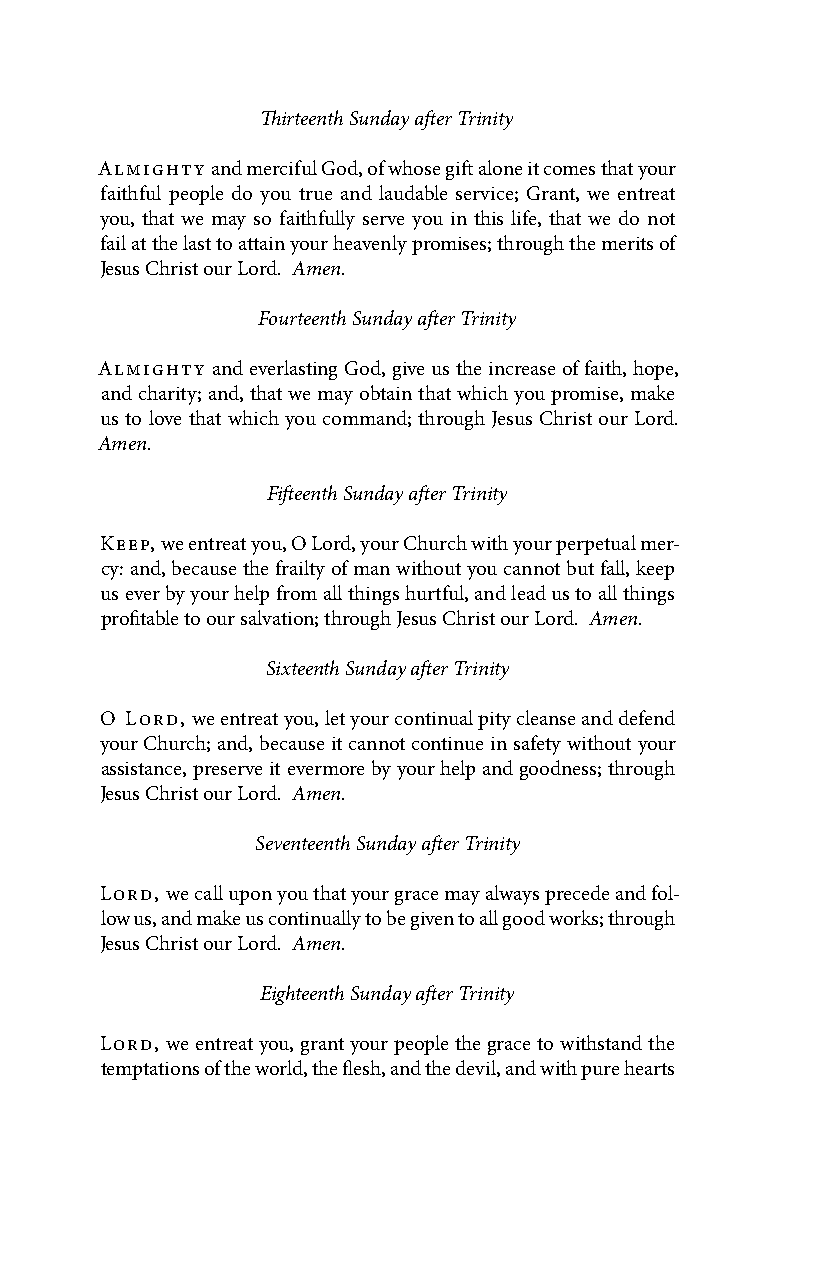
Thirteenth Sunday after Trinity
 Almighty and merciful God, of whose gift alone it comes that your
 faithful people do you true and laudable service; Grant, we entreat
 you, that we may so faithfully serve you in this life, that we do not
 fail at the last to attain your heavenly promises; through the merits of
 Jesus Christ our Lord. Amen.
 Fourteenth Sunday after Trinity
 Almighty and everlasting God, give us the increase of faith, hope,
 and charity; and, that we may obtain that which you promise, make
 us to love that which you command; through Jesus Christ our Lord.
 Amen.
 Fifteenth Sunday after Trinity
 Keep, we entreat you, O Lord, your Church with your perpetual mer-
 cy: and, because the frailty of man without you cannot but fall, keep
 us ever by your help from all things hurtful, and lead us to all things
 profitable to our salvation; through Jesus Christ our Lord. Amen.
 Sixteenth Sunday after Trinity
 O Lord, we entreat you, let your continual pity cleanse and defend
 your Church; and, because it cannot continue in safety without your
 assistance, preserve it evermore by your help and goodness; through
 Jesus Christ our Lord. Amen.
 Seventeenth Sunday after Trinity
 Lord, we call upon you that your grace may always precede and fol-
 low us, and make us continually to be given to all good works; through
 Jesus Christ our Lord. Amen.
 Eighteenth Sunday after Trinity
 Lord, we entreat you, grant your people the grace to withstand the
 temptations of the world, the flesh, and the devil, and with pure hearts